Leaving Certificate Examination (including Day School Certificate (Higher) General paper), 1935
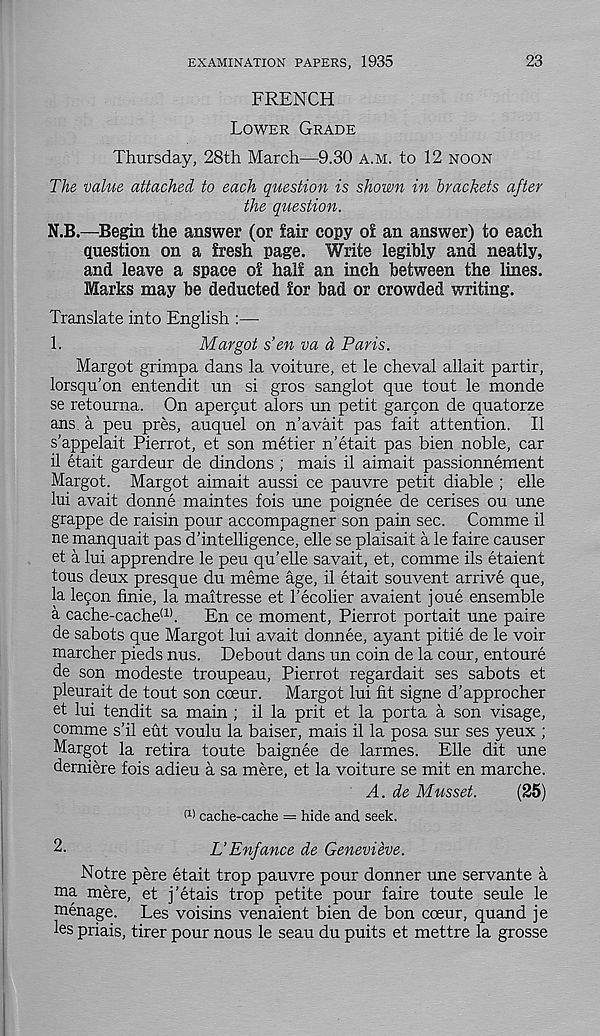
EXAMINATION PAPERS, 1935
23
FRENCH
LOWER GRADE
Thursday, 28th March—9.30 A.M. to 12 NOON
The value attached to each question is shown in brackets after
the question.
N.B.—Begin the answer (or fair copy of an answer) to each
question on a fresh page. Write legibly and neatly,
and leave a space of half an inch between the lines.
Marks may be deducted for bad or crowded writing.
Translate into English :—
1.
Margot s’en va d Paris.
Margot grimpa dans la voiture, et le cheval allait partir,
lorsqu’on entendit un si gros sanglot que tout le monde
se retourna. On apercut alors un petit garcon de quatorze
ans. a peu pres, auquel on n’avait pas fait attention. II
s’appelait Pierrot, et son metier n’etait pas bien noble, car
il etait gardeur de dindons ; mais il aimait passionnement
Margot. Margot aimait aussi ce pauvre petit diable ; elle
lui avait donne maintes fois une poignee de cerises ou une
grappe de raisin pour accompagner son pain sec. Comme il
ne manquait pas d’intelligence, elle se plaisait a le faire causer
et a lui apprendre le peu qu’elle savait, et, comme ils etaient
tous deux presque du meme age, il etait souvent arrive que,
la legm finie, la maitresse et I’ecolier avaient joue ensemble
a cache-cache (1) . En ce moment, Pierrot portait une paire
de sabots que Margot lui avait donnee, ayant pitie de le voir
marcher pieds nus. Debout dans un coin de la cour, entoure
de son modeste troupeau, Pierrot regardait ses sabots et
pleurait de tout son coeur. Margot lui fit signe d’approcher
et lui tendit sa main ; il la prit et la porta a son visage,
comme s’il eut voulu la baiser, mais il la posa sur ses yeux ;
Margot la retira toute baignee de larmes. Elle dit une
derniere fois adieu a sa mere, et la voiture se mit en marche.
A. de Musset.
(25)
f 1 ) cache-cache = hide and seek.
2.
L’Enfance de Genevieve.
Notre pere etait trop pauvre pour donner une servante a
ma mere, et j’etais trop petite pour faire toute seule le
menage. Les voisins venaient bien de bon coeur, quand je
les priais, tirer pour nous le seau du puits et mettre la grosse